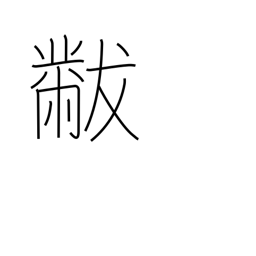
Meaning: lap robe